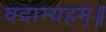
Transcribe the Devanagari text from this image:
वदाम्यहम्॥